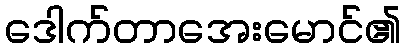
ဒေါက်တာအေးမောင်၏